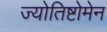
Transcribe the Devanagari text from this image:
ज्योतिष्टोमेन